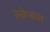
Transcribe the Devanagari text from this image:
स्क्रेबल